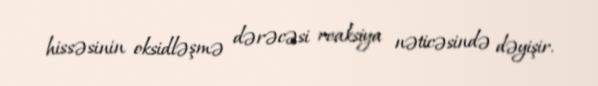
hissəsinin oksidləşmə dərəcəsi reaksiya nəticəsində dəyişir.